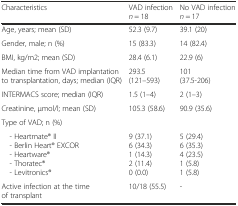
| Characteristics | VAD infection n = 18 | No VAD infection n = 17 |
 | --- | --- | --- |
 | Age, years; mean (SD) | 52.3 (9.7) | 39.1 (20) |
 | Gender, male; n (%) | 15 (83.3) | 14 (82.4) |
 | BMI, kg/m2; mean (SD) | 28.4 (6.1) | 22.9 (6) |
 | Median time from VAD implantation to transplantation, days; median (IQR) | 293.5 (121–593) | 101 (37.5-206) |
 | INTERMACS score; median (IQR) | 1.5 (1–4) | 2 (1–3) |
 | Creatinine, μmol/l; mean (SD) | 105.3 (58.6) | 90.9 (35.6) |
 | Type of VAD; n (%) |  |  |
 | - Heartmate® II - Berlin Heart® EXCOR - Heartware® - Thoratec® - Levitronics® | 9 (37.1)6 (34.3)1 (14.3)2 (11.4)0 (0.0) | 5 (29.4)6 (35.3)4 (23.5)1 (5.8)1 (5.8) |
 | Active infection at the time of transplant | 10/18 (55.5) | - |